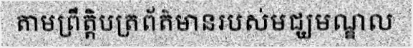
តាមព្រឹត្តិបត្រព័ត៌មានរបស់មជ្ឃមណ្ឌល